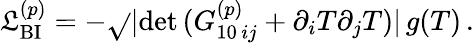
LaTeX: {\cal\mathfrak{L}}_{\mathrm{{BI}}}^{(p)}=-\sqrt{}{{|\mathrm{{det}}\, ({G}_{10\, ij}^{(p)}+\partial_{i}T\partial_{j}T)|}}\, g(T)\, .